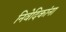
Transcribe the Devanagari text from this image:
निवेदिकांना